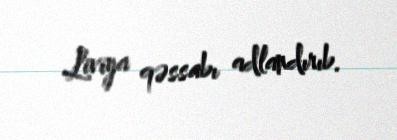
Liviya qəssabı adlandırıb.